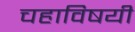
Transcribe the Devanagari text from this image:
चहाविषयी